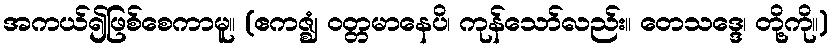
အကယ်၍ဖြစ်စေကာမူ။ (ဧကဇ္ဈံ ဝတ္တမာနေပိ၊ ကုန်သော်လည်း။ တေသဒ္ဒေ၊ တို့ကို။)